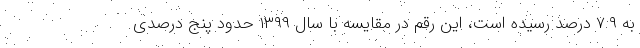
به ۷.۹ درصد رسیده است، این رقم در مقایسه با سال ۱۳۹۹ حدود پنج درصدی